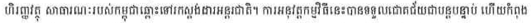
ហិរញ្ញវត្ថុ សាធារណៈរបស់កម្ពុជាឆ្ពោះទៅរកស្តង់ដារអន្តរជាតិ។ ការអនុវត្តកម្មវិធីនេះបានទទួលជោគជ័យជាបន្តបន្ទាប់ ហើយកំពុង